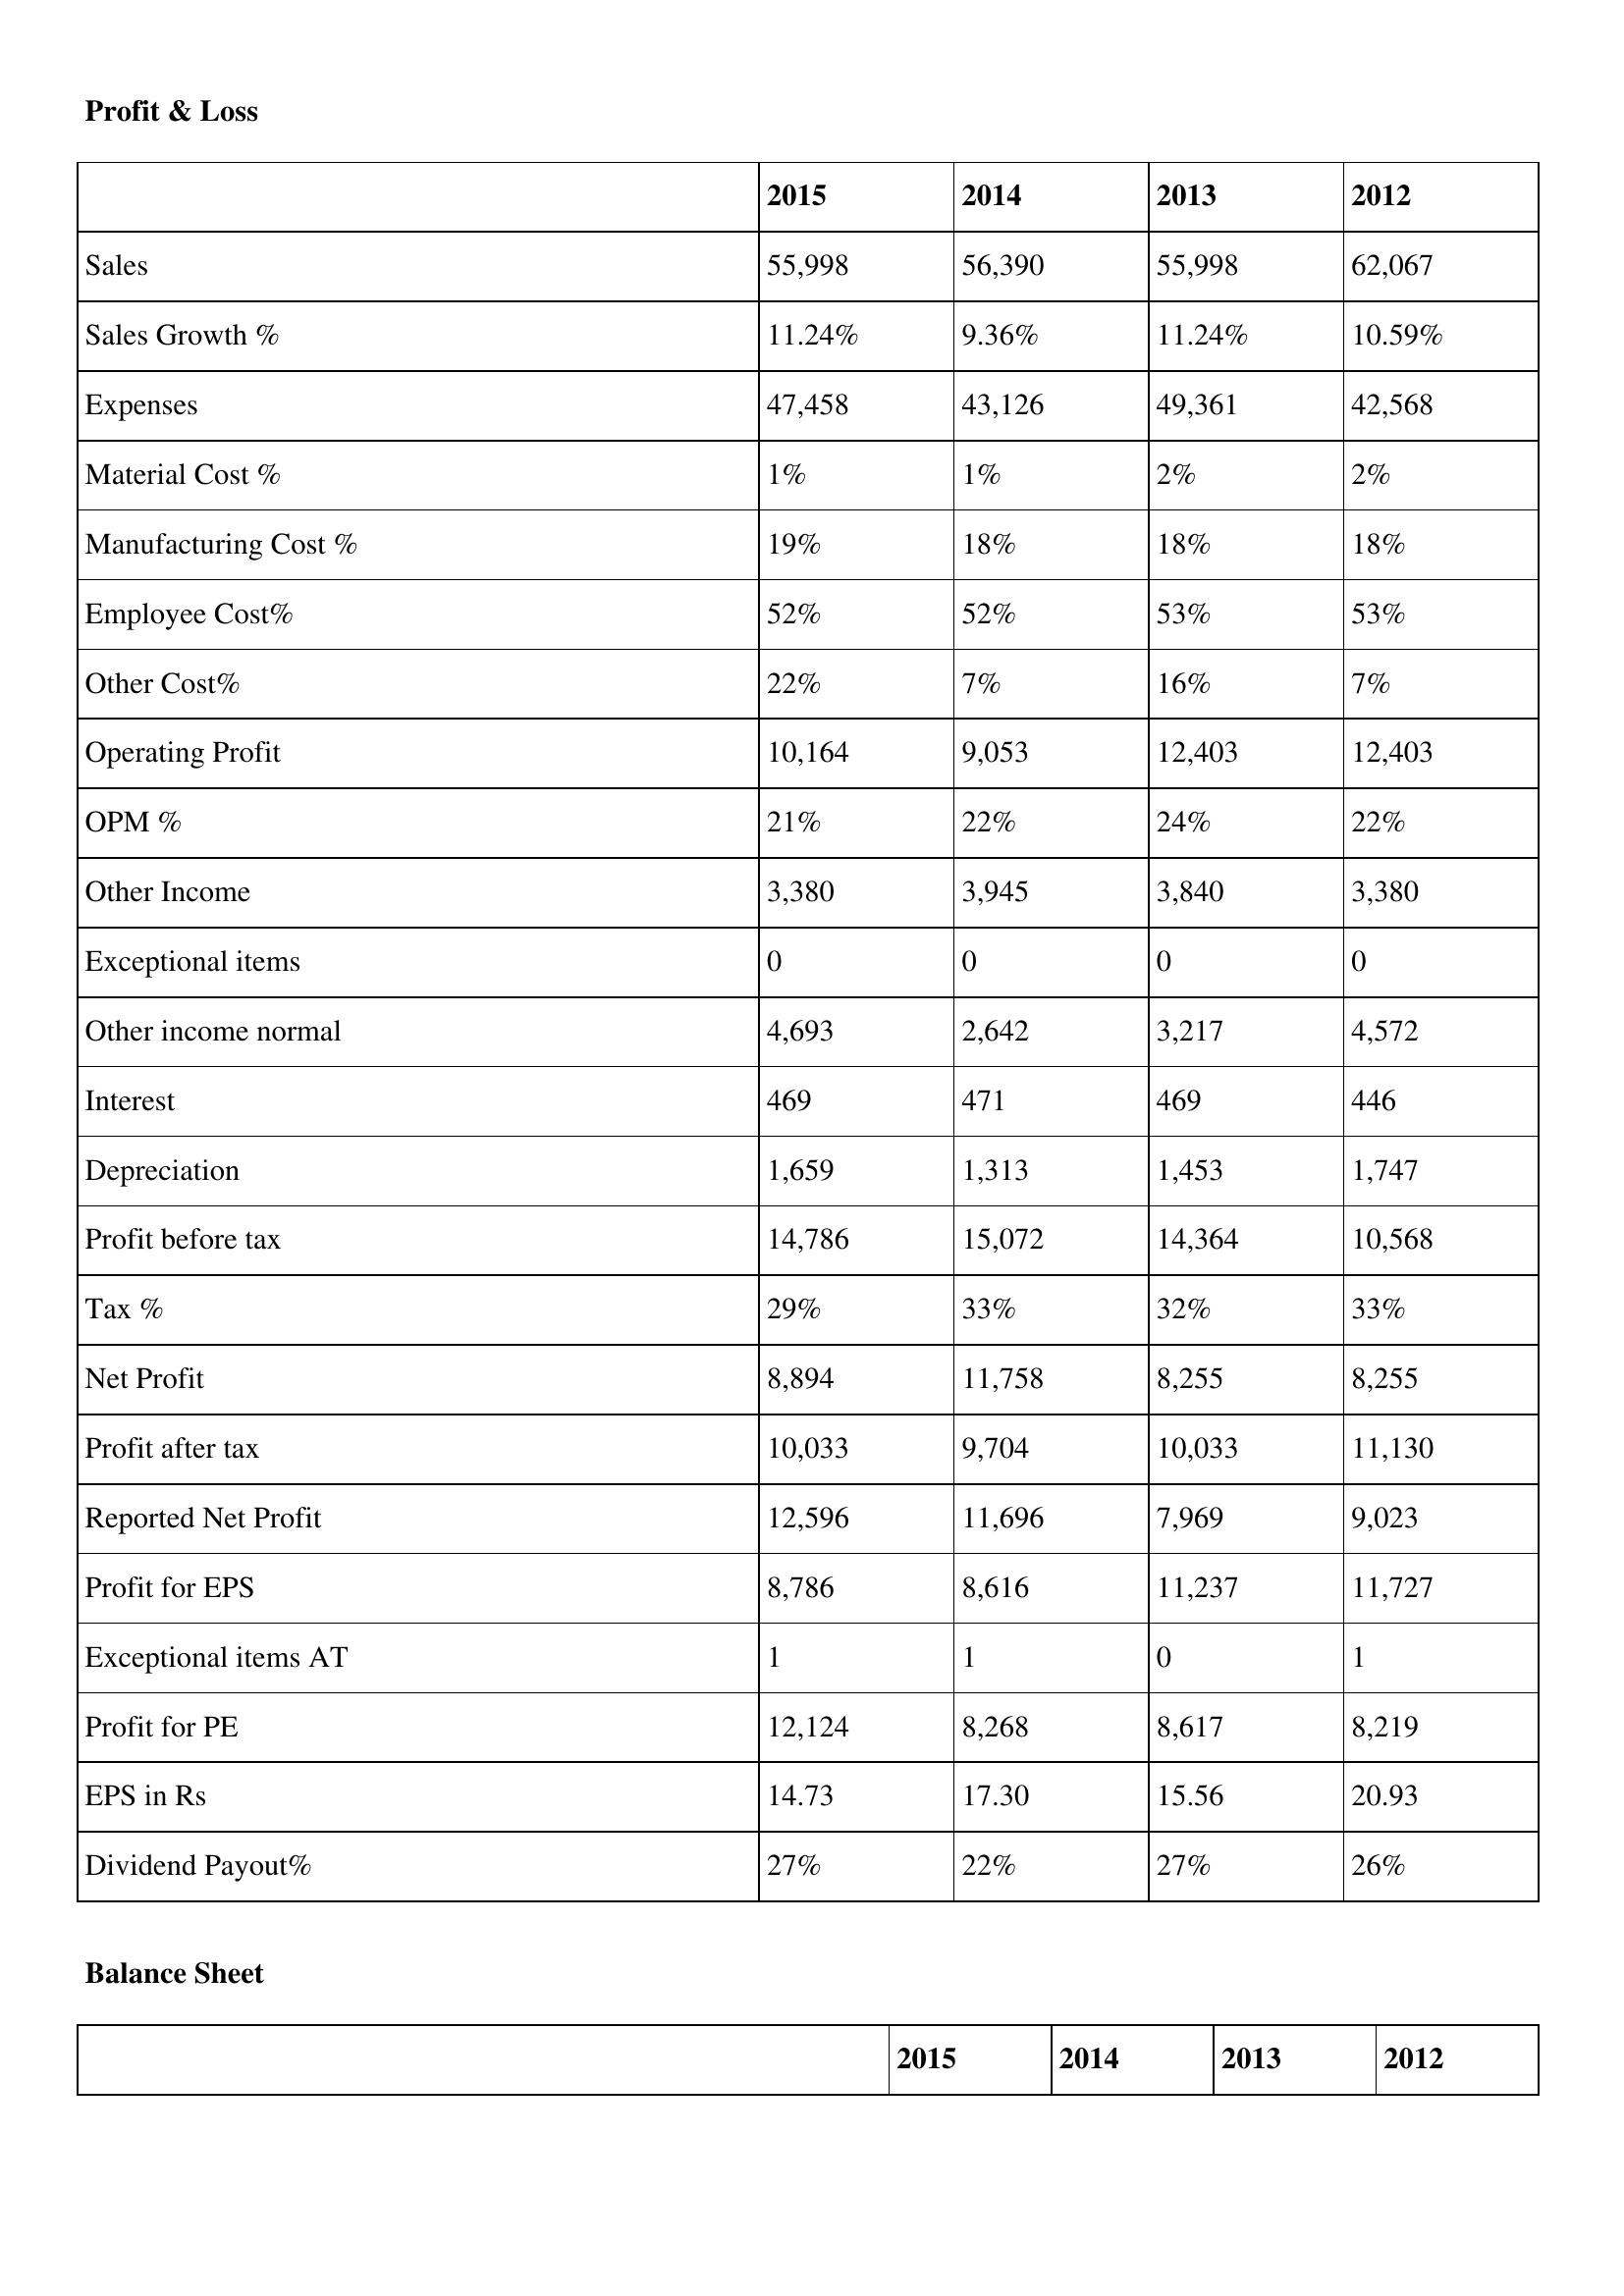
gt_parse: 2015: Profit & Loss: Sales: 55,998
Sales Growth %: 11.24%
Expenses: 47,458
Material Cost %: 1%
Manufacturing Cost %: 19%
Employee Cost%: 52%
Other Cost%: 22%
Operating Profit: 10,164
OPM %: 21%
Other Income: 3,380
Exceptional items: 0
Other income normal: 4,693
Interest: 469
Depreciation: 1,659
Profit before tax: 14,786
Tax %: 29%
Net Profit: 8,894
Profit after tax: 10,033
Reported Net Profit: 12,596
Profit for EPS: 8,786
Exceptional items AT: 1
Profit for PE: 12,124
EPS in Rs: 14.73
Dividend Payout%: 27%
2014: Profit & Loss: Sales: 56,390
Sales Growth %: 9.36%
Expenses: 43,126
Material Cost %: 1%
Manufacturing Cost %: 18%
Employee Cost%: 52%
Other Cost%: 7%
Operating Profit: 9,053
OPM %: 22%
Other Income: 3,945
Exceptional items: 0
Other income normal: 2,642
Interest: 471
Depreciation: 1,313
Profit before tax: 15,072
Tax %: 33%
Net Profit: 11,758
Profit after tax: 9,704
Reported Net Profit: 11,696
Profit for EPS: 8,616
Exceptional items AT: 1
Profit for PE: 8,268
EPS in Rs: 17.30
Dividend Payout%: 22%
2013: Profit & Loss: Sales: 55,998
Sales Growth %: 11.24%
Expenses: 49,361
Material Cost %: 2%
Manufacturing Cost %: 18%
Employee Cost%: 53%
Other Cost%: 16%
Operating Profit: 12,403
OPM %: 24%
Other Income: 3,840
Exceptional items: 0
Other income normal: 3,217
Interest: 469
Depreciation: 1,453
Profit before tax: 14,364
Tax %: 32%
Net Profit: 8,255
Profit after tax: 10,033
Reported Net Profit: 7,969
Profit for EPS: 11,237
Exceptional items AT: 0
Profit for PE: 8,617
EPS in Rs: 15.56
Dividend Payout%: 27%
2012: Profit & Loss: Sales: 62,067
Sales Growth %: 10.59%
Expenses: 42,568
Material Cost %: 2%
Manufacturing Cost %: 18%
Employee Cost%: 53%
Other Cost%: 7%
Operating Profit: 12,403
OPM %: 22%
Other Income: 3,380
Exceptional items: 0
Other income normal: 4,572
Interest: 446
Depreciation: 1,747
Profit before tax: 10,568
Tax %: 33%
Net Profit: 8,255
Profit after tax: 11,130
Reported Net Profit: 9,023
Profit for EPS: 11,727
Exceptional items AT: 1
Profit for PE: 8,219
EPS in Rs: 20.93
Dividend Payout%: 26%